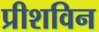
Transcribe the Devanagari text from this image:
प्रीशविन